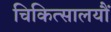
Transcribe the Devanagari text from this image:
चिकित्सालयौं